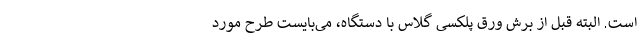
است. البته قبل از برش ورق پلکسی گلاس با دستگاه، می‌بایست طرح مورد